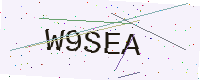
Text: W9SEA